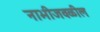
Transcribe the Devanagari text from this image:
नाभीजवळील